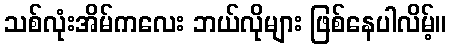
သစ်လုံးအိမ်ကလေး ဘယ်လိုများ ဖြစ်နေပါလိမ့်။